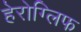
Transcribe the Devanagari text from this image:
हेरोग्लिफ